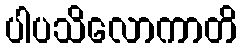
ပါပသိလောကာတိ